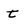
Character: t